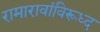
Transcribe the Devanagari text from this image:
रामारावांविरूध्द